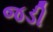
જડી